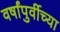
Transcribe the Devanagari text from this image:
वर्षांपुर्वीच्या